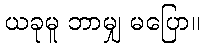
ယခုမူ ဘာမျှ မပြော။